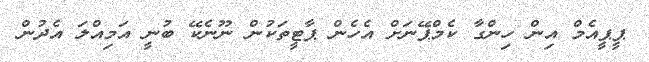
ޕީޕީއެމް އިން ހިންގާ ކެމްޕޭނަށް އެެހެން ޕާޓީތަކުން ނޫނެކޭ ބުނީ އަމިއްލަ އެދުން